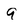
Character: a